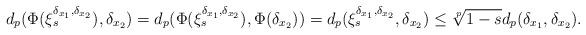
LaTeX: \begin{align*} d_p(\Phi(\xi_s^{\delta_{x_1},\delta_{x_2}}),\delta_{x_2})=d_p(\Phi(\xi_s^{\delta_{x_1},\delta_{x_2}}),\Phi(\delta_{x_2}))=d_p(\xi_s^{\delta_{x_1},\delta_{x_2}},\delta_{x_2})\leq\sqrt[p]{1-s}d_p(\delta_{x_1},\delta_{x_2}).\end{align*}